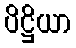
ပိဋ္ဌိယာ